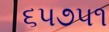
૬૫૭૫૧